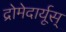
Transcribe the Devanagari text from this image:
द्रोमेदार्यूस्